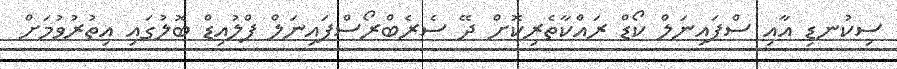
ސިކުނޑި އާއި ސްޕައިނަލް ކޯޑް ރައްކާތެރިކޮށް ދޭ ސެރެބްރޯސްޕައިނަލް ފްލުއިޑް ބޮލުގައި އިތުރުވުމަށް